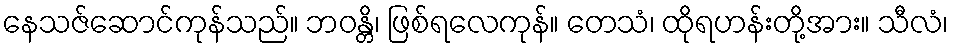
နေသဇ်ဆောင်ကုန်သည်။ ဘဝန္တိ၊ ဖြစ်ရလေကုန်။ တေသံ၊ ထိုရဟန်းတို့အား။ သီလံ၊